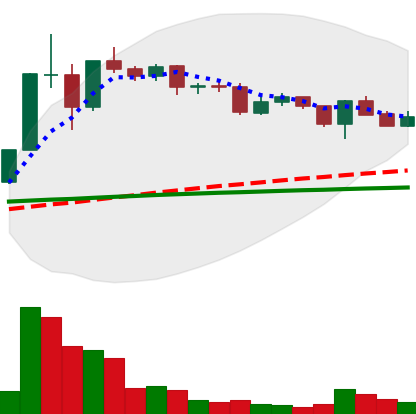
Ticker: XLM-USD
Chart end date: 2020-12-12
Forward return: 16.977%
Label: up_7plus